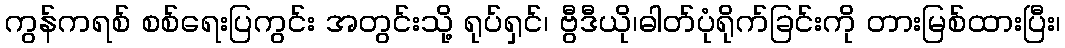
ကွန်ကရစ် စစ်ရေးပြကွင်း အတွင်းသို့ ရုပ်ရှင်၊ ဗွီဒီယို၊ဓါတ်ပုံရိုက်ခြင်းကို တားမြစ်ထားပြီး၊